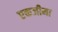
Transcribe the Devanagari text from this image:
एकजीमा